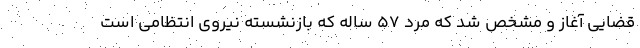
قضایی آغاز و مشخص شد که مرد ۵۷ ساله که بازنشسته نیروی انتظامی است